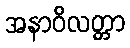
အနာဝိလတ္တာ